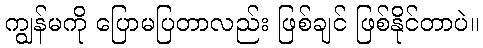
ကျွန်မကို ပြောမပြတာလည်း ဖြစ်ချင် ဖြစ်နိုင်တာပဲ။